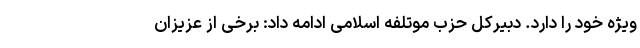
ویژه خود را دارد. دبیرکل حزب موتلفه اسلامی ادامه داد: برخی از عزیزان